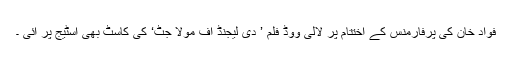
فواد خان کی پرفارمنس کے اختتام پر لالی ووڈ فلم ’ دی لیجنڈ آف مولا جٹ‘ کی کاسٹ بھی اسٹیج پر آئی ۔